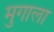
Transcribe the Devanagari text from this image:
मुगाला